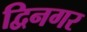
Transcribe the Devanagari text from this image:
द्विनगर